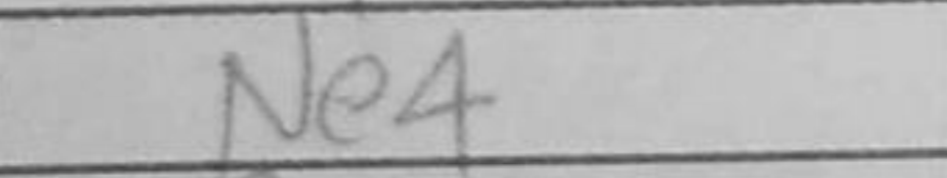
Transcription: Ne4